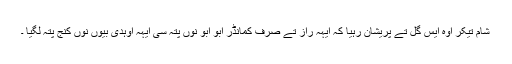
شام تیکر اوہ ایس گل تے پریشان رہیا کہ ایہہ راز تے صرف کمانڈر ابو ابو نوں پتہ سی ایہہ اوہدی بیوں نوں کنج پتہ لگیا ۔